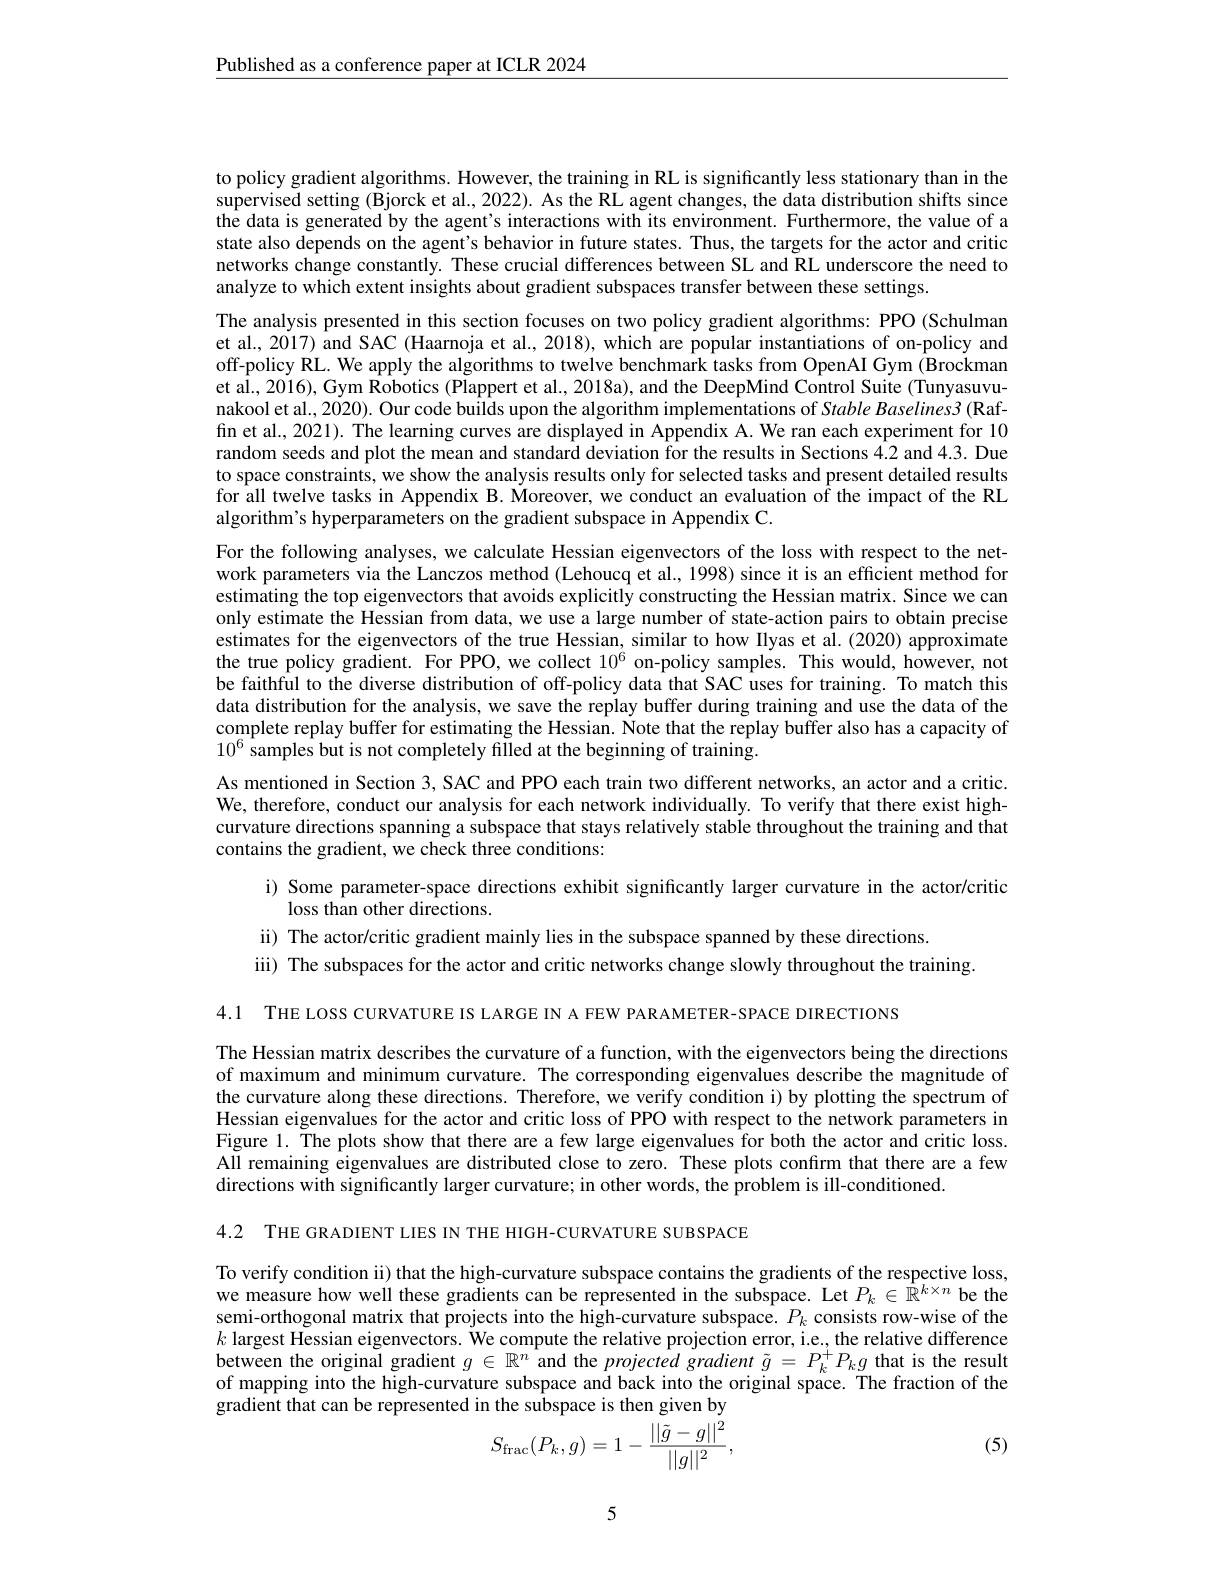
$\underline{\text{Published as a conference paper at ICLR 2024}}$

to policy gradient algorithms. However, the training in RL is significantly less stationary than in the supervised setting (Bjorck et al., 2022). As the RL agent changes, the data distribution shifts since the data is generated by the agent's interactions with its environment. Furthermore, the value of a state also depends on the agent's behavior in future states. Thus, the targets for the actor and critic networks change constantly. These crucial differences between SL and RL underscore the need to analyze to which extent insights about gradient subspaces transfer between these settings.
The analysis presented in this section focuses on two policy gradient algorithms: PPO (Schulman et al., 2017) and SAC (Haarnoja et al., 2018), which are popular instantiations of on-policy and off-policy RL. We apply the algorithms to twelve benchmark tasks from OpenAI Gym (Brockman et al., 2016), Gym Robotics (Plappert et al., 2018a), and the DeepMind Control Suite (Tunyasuvunakool et al., 2020). Our code builds upon the algorithm implementations of Stable Baselines3 (Raffin et al., 2021). The learning curves are displayed in Appendix A. We ran each experiment for 10 random seeds and plot the mean and standard deviation for the results in Sections 4.2 and 4.3. Due to space constraints, we show the analysis results only for selected tasks and present detailed results for all twelve tasks in Appendix B. Moreover, we conduct an evaluation o$\bar{\mathrm{f}}$ the impact of the RL algorithm's hyperparameters on the gradient subspace in Appendix C.
For the following analyses, we calculate Hessian eigenvectors of the loss with respect to the network parameters via the Lanczos method (Lehoucq et al., 1998) since it is an efficient method for estimating the top eigenvectors that avoids explicitly constructing the Hessian matrix. Since we can only estimate the Hessian from data, we use a large number of state-action pairs to obtain precise estimates for the eigenvectors of the true Hessian, similar to how Ilyas et al. (2020) approximate the true policy gradient. For PPO, we collect $10^{6}$ on-policy samples. This would, however, not be faithful to the diverse distribution of off-policy data that SAC uses for training. To match this data distribution for the analysis, we save the replay buffer during training and use the data of the complete replay buffer for estimating the Hessian. Note that the replay buffer also has a capacity of $10^6$ samples but is not completely filled at the beginning of training.
As mentioned in Section 3, SAC and PPO each train two different networks, an actor and a critic. We, therefore, conduct our analysis for each network individually. To verify that there exist highcurvature directions spanning a subspace that stays relatively stable throughout the training and that contains the gradient, we check three conditions:
i) Some parameter-space directions exhibit significantly larger curvature in the actor/critic
loss than other directions.
ii) The actor/critic gradient mainly lies in the subspace spanned by these directions.
iii) The subspaces for the actor and critic networks change slowly throughout the training.

4.1 THE LOSS CURVATURE IS LARGE IN A FEW PARAMETER-SPACE DIRECTIONS

The Hessian matrix describes the curvature of a function, with the eigenvectors being the directions of maximum and minimum curvature. The corresponding eigenvalues describe the magnitude of the curvature along these directions. Therefore, we verify condition i) by plotting the spectrum of Hessian eigenvalues for the actor and critic loss of PPO with respect to the network parameters in Figure 1. The plots show that there are a few large eigenvalues for both the actor and critic loss. All remaining eigenvalues are distributed close to zero. These plots confirm that there are a few directions with significantly larger curvature; in other words, the problem is ill-conditioned.

4.2 THE GRADIENT LIES IN THE HIGH-CURVATURE SUBSPACE

To verify condition ii) that the high-curvature subspace contains the gradients of the respective loss, we measure how well these gradients can be represented in the subspace. Let $P_k\in\mathbb{R}^{k\times n}$ be the semi-orthogonal matrix that projects into the high-curvature subspace. $P_k$ consists row-wise of the $k$ largest Hessian eigenvectors. We compute the relative projection error, i.e, the relative difference between the original gradient $g\in\mathbb{R}^n$ and the projected gradient $\tilde{g}=P_k^+P_kg$ that is the result of mapping into the high-curvature subspace and back into the original space. The fraction of the gradient that can be represented in the subspace is then given by
$$S_{\mathrm{frac}}(P_k,g)=1-\frac{||\tilde{g}-g||^2}{||g||^2},$$
(5)

5